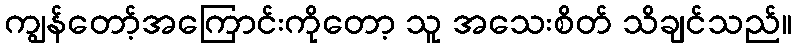
ကျွန်တော့်အကြောင်းကိုတော့ သူ အသေးစိတ် သိချင်သည်။